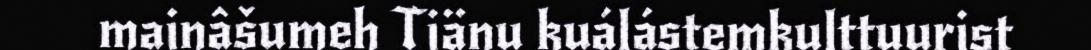
mainâšumeh Tiänu kuálástemkulttuurist